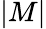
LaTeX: |M|